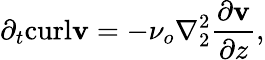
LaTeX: \partial_{t}\textrm{curl}\mathbf{v}=-\nu_{o}\nabla_{2}^{2}\frac{\partial\mathbf{v}}{\partial z},